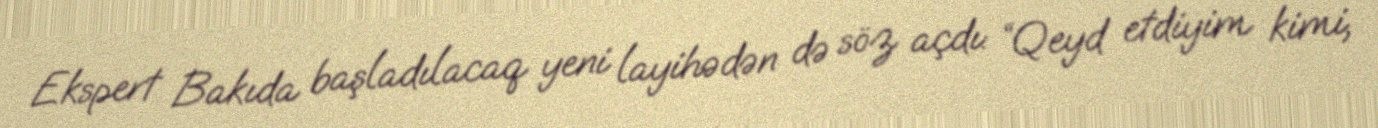
Ekspert Bakıda başladılacaq yeni layihədən də söz açdı: “Qeyd etdiyim kimi,